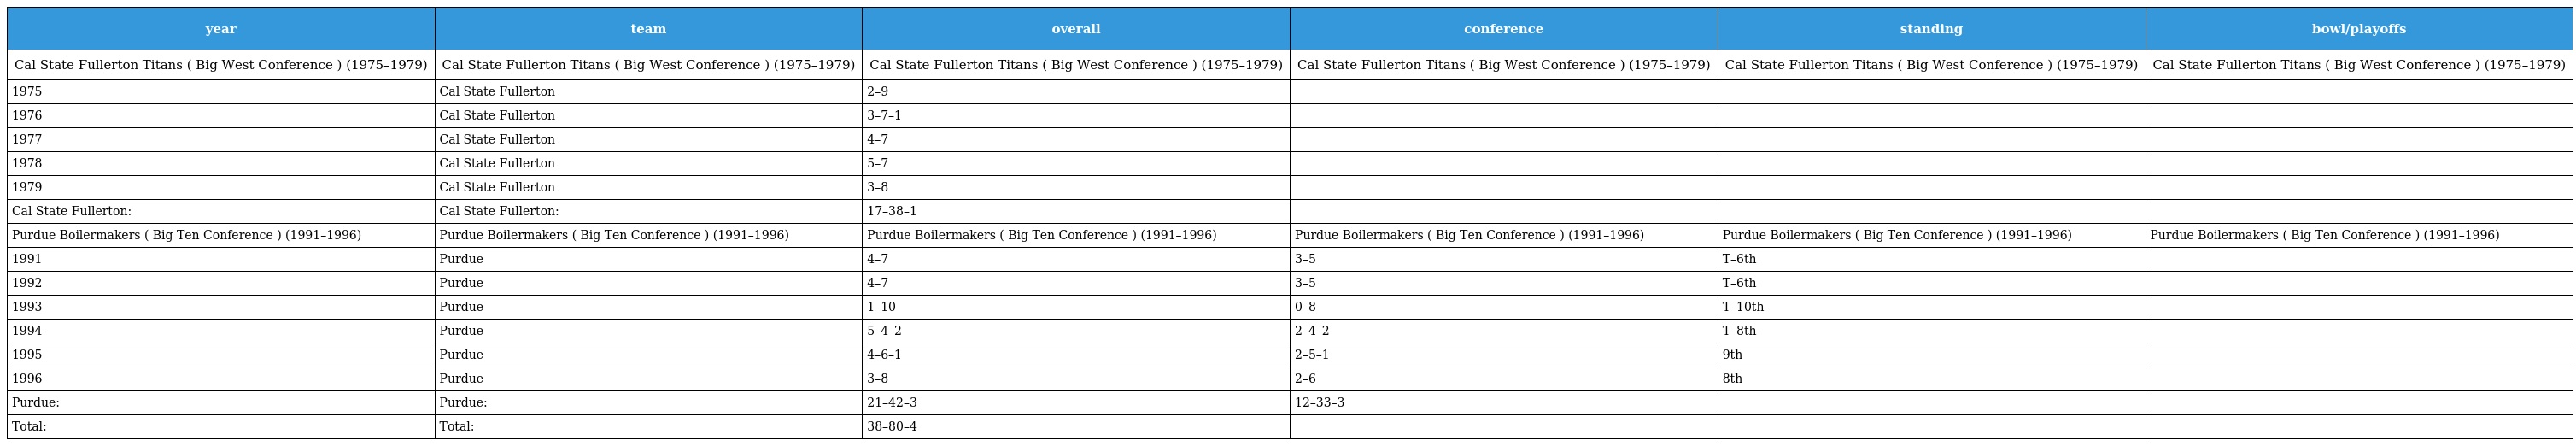
| year | team | overall | conference | standing | bowl/playoffs |
 | --- | --- | --- | --- | --- | --- |
 | Cal State Fullerton Titans ( Big West Conference ) (1975–1979) | Cal State Fullerton Titans ( Big West Conference ) (1975–1979) | Cal State Fullerton Titans ( Big West Conference ) (1975–1979) | Cal State Fullerton Titans ( Big West Conference ) (1975–1979) | Cal State Fullerton Titans ( Big West Conference ) (1975–1979) | Cal State Fullerton Titans ( Big West Conference ) (1975–1979) |
 | 1975 | Cal State Fullerton | 2–9 |  |  |  |
 | 1976 | Cal State Fullerton | 3–7–1 |  |  |  |
 | 1977 | Cal State Fullerton | 4–7 |  |  |  |
 | 1978 | Cal State Fullerton | 5–7 |  |  |  |
 | 1979 | Cal State Fullerton | 3–8 |  |  |  |
 | Cal State Fullerton: | Cal State Fullerton: | 17–38–1 |  |  |  |
 | Purdue Boilermakers ( Big Ten Conference ) (1991–1996) | Purdue Boilermakers ( Big Ten Conference ) (1991–1996) | Purdue Boilermakers ( Big Ten Conference ) (1991–1996) | Purdue Boilermakers ( Big Ten Conference ) (1991–1996) | Purdue Boilermakers ( Big Ten Conference ) (1991–1996) | Purdue Boilermakers ( Big Ten Conference ) (1991–1996) |
 | 1991 | Purdue | 4–7 | 3–5 | T–6th |  |
 | 1992 | Purdue | 4–7 | 3–5 | T–6th |  |
 | 1993 | Purdue | 1–10 | 0–8 | T–10th |  |
 | 1994 | Purdue | 5–4–2 | 2–4–2 | T–8th |  |
 | 1995 | Purdue | 4–6–1 | 2–5–1 | 9th |  |
 | 1996 | Purdue | 3–8 | 2–6 | 8th |  |
 | Purdue: | Purdue: | 21–42–3 | 12–33–3 |  |  |
 | Total: | Total: | 38–80–4 |  |  |  |